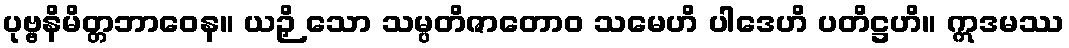
ပုဗ္ဗနိမိတ္တဘာဝေန။ ယဉှိ သော သမ္ပတိဇာတောဝ သမေဟိ ပါဒေဟိ ပတိဋ္ဌဟိ။ ဣဒမဿ